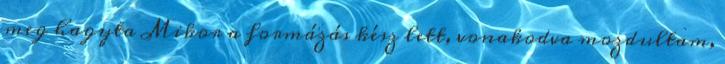
meg hagyta Mikor a formázás kész lett, vonakodva mozdultam,